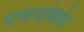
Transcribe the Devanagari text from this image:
पणजोबांस